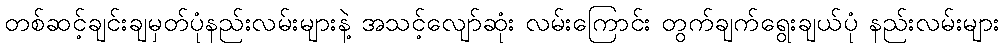
တစ်ဆင့်ချင်းချမှတ်ပုံနည်းလမ်းများနဲ့ အသင့်လျော်ဆုံး လမ်းကြောင်း တွက်ချက်ရွေးချယ်ပုံ နည်းလမ်းများ